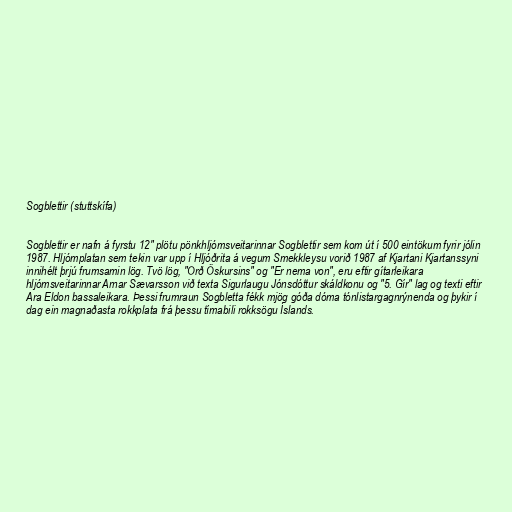
Sogblettir (stuttskífa)

Sogblettir er nafn á fyrstu 12" plötu pönkhljómsveitarinnar Sogblettir sem kom út í 500 eintökum fyrir jólin
1987. Hljómplatan sem tekin var upp í Hljóðrita á vegum Smekkleysu vorið 1987 af Kjartani Kjartanssyni
innihélt þrjú frumsamin lög. Tvö lög, "Orð Öskursins" og "Er nema von", eru eftir gítarleikara
hljómsveitarinnar Arnar Sævarsson við texta Sigurlaugu Jónsdóttur skáldkonu og "5. Gír" lag og texti eftir
Ara Eldon bassaleikara. Þessi frumraun Sogbletta fékk mjög góða dóma tónlistargagnrýnenda og þykir í
dag ein magnaðasta rokkplata frá þessu tímabili rokksögu Íslands.